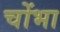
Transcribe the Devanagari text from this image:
चोंभा